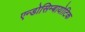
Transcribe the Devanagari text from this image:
एन्डोसिम्बायोटिक